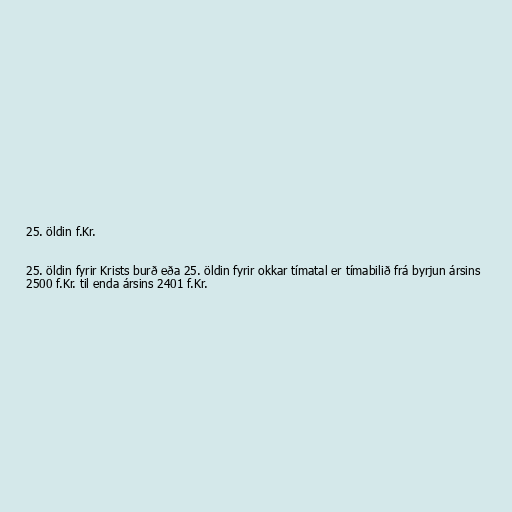
25. öldin f.Kr.

25. öldin fyrir Krists burð eða 25. öldin fyrir okkar tímatal er tímabilið frá byrjun ársins
2500 f.Kr. til enda ársins 2401 f.Kr.